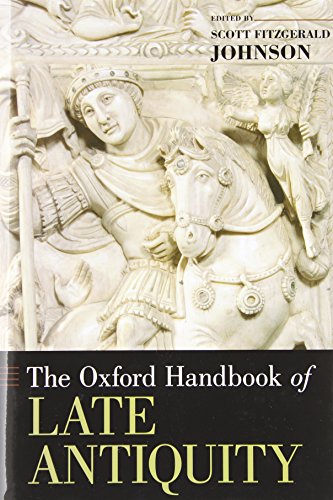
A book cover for The Oxford Handbook of Late Antiquity (Oxford Handbooks); History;